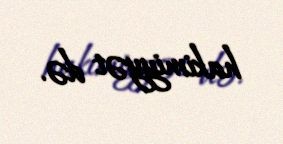
hakimiyyət də.